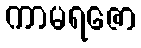
ကာမရဇော